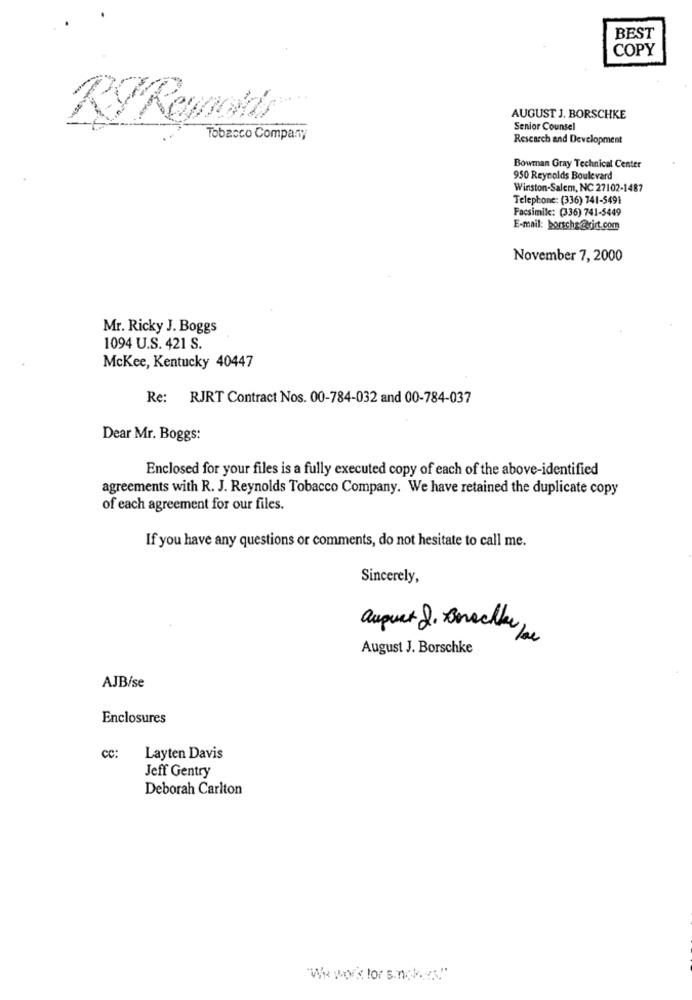
BEST
COPY
AUGUST J. BORSCHKE
Senior Counsel
Tobacco Company
Research and Development
Bowman Gray Technical Center
950 Reynolds Boulevard
Winston-Salem, NC 27102-1487
Telephone: (336) 741-5491
Facsimile: (336) 741-5449
E-mail: porsche@rirt.com
November 7, 2000
Mr. Ricky J. Boggs
1094 U.S. 421 S.
McKee, Kentucky 40447
Re: RJRT Contract Nos. 00-784-032 and 00-784-037
Dear Mr. Boggs:
Enclosed for your files is a fully executed copy of each of the above-identified
agreements with R. J. Reynolds Tobacco Company. We have retained the duplicate copy
of each agreement for our files.
If you have any questions or comments, do not hesitate to call me.
Sincerely,
august S. Brachte
August J. Borschke
AJB/se
Enclosures
cc:
Layten Davis
Jeff Gentry
Deborah Carlton
"We work for sinckes"